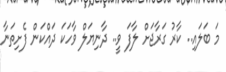
މަ ބަލައި.. ކާރު ގަރާޖަށް ލާފަ ވީ.. ދާނިޔަލް ވާހަކަ ދައްކަން ފެށިތަނާ